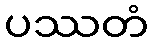
ပဿတံ